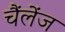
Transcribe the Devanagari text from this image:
चैंलेंज